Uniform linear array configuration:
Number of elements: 32
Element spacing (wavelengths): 0.75
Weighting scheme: uniform
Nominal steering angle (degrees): -60
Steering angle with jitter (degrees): -61.724
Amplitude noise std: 0.05
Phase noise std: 0.05

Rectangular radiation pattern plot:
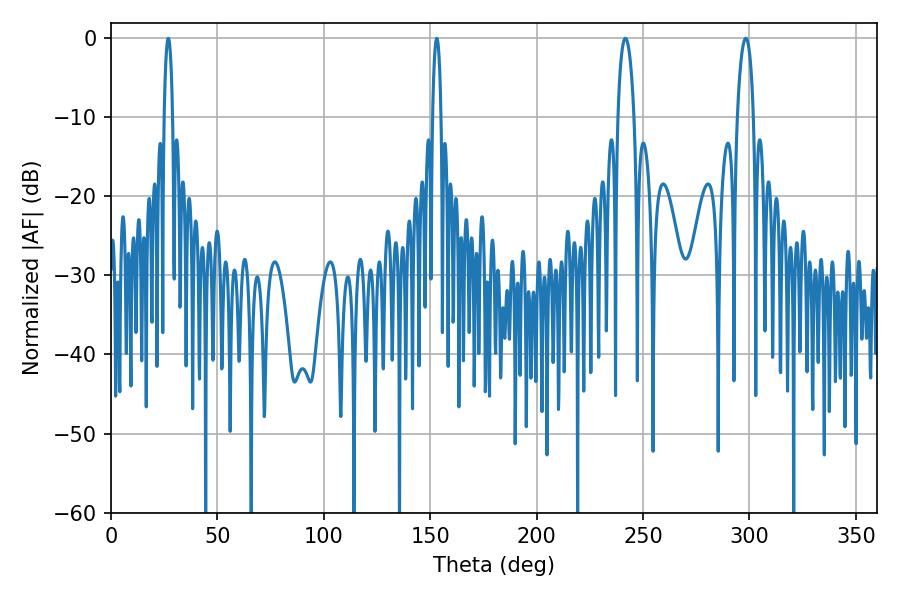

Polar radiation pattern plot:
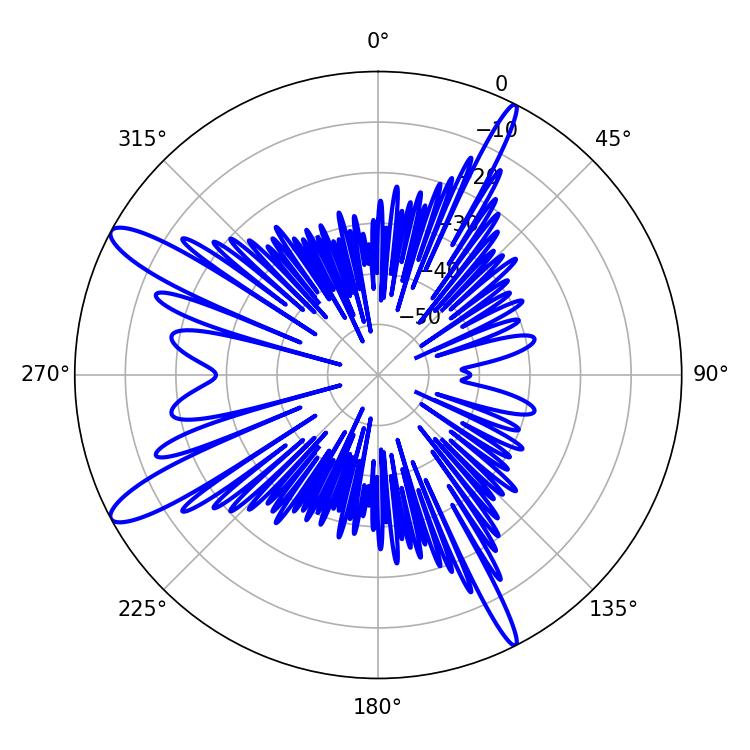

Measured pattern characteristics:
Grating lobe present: TRUE
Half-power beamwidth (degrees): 4.32
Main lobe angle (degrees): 241.74